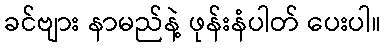
ခင်ဗျား နာမည်နဲ့ ဖုန်းနံပါတ် ပေးပါ။